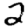
Digit: 2